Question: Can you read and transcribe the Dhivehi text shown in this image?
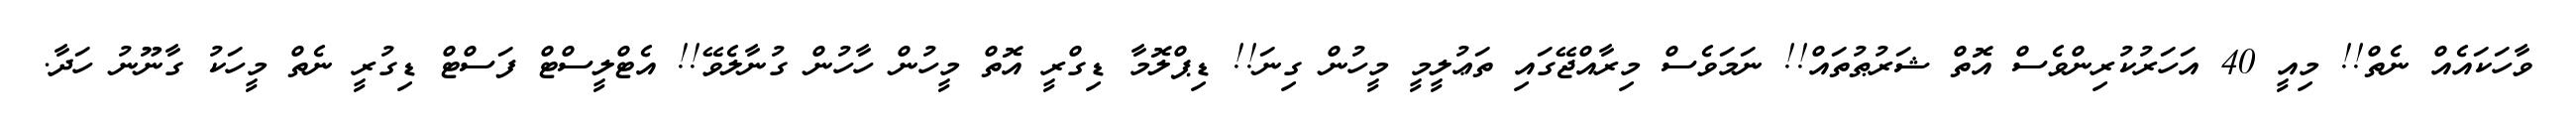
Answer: ވާހަކައެއް ނެތް!! މިއީ 40 އަހަރުކުރިންވެސް އޮތް ޝަރުޠުތައް!! ނަމަވެސް މިރާއްޖޭގައި ތަޢުލީމީ މީހުން ގިނަ!! ޑިޕްލޮމާ ޑިގްރީ އޮތް މީހުން ހާހުން ގުނާލެވޭ!! އެޓްލީސްޓް ފަސްޓް ޑިގުރީ ނެތް މީހަކު ގާނޫނު ހަދާ.